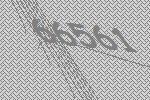
66561